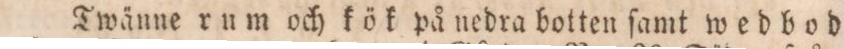
Twänne rum och kök på nedra botten ſamt wedbod